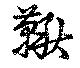
鞦